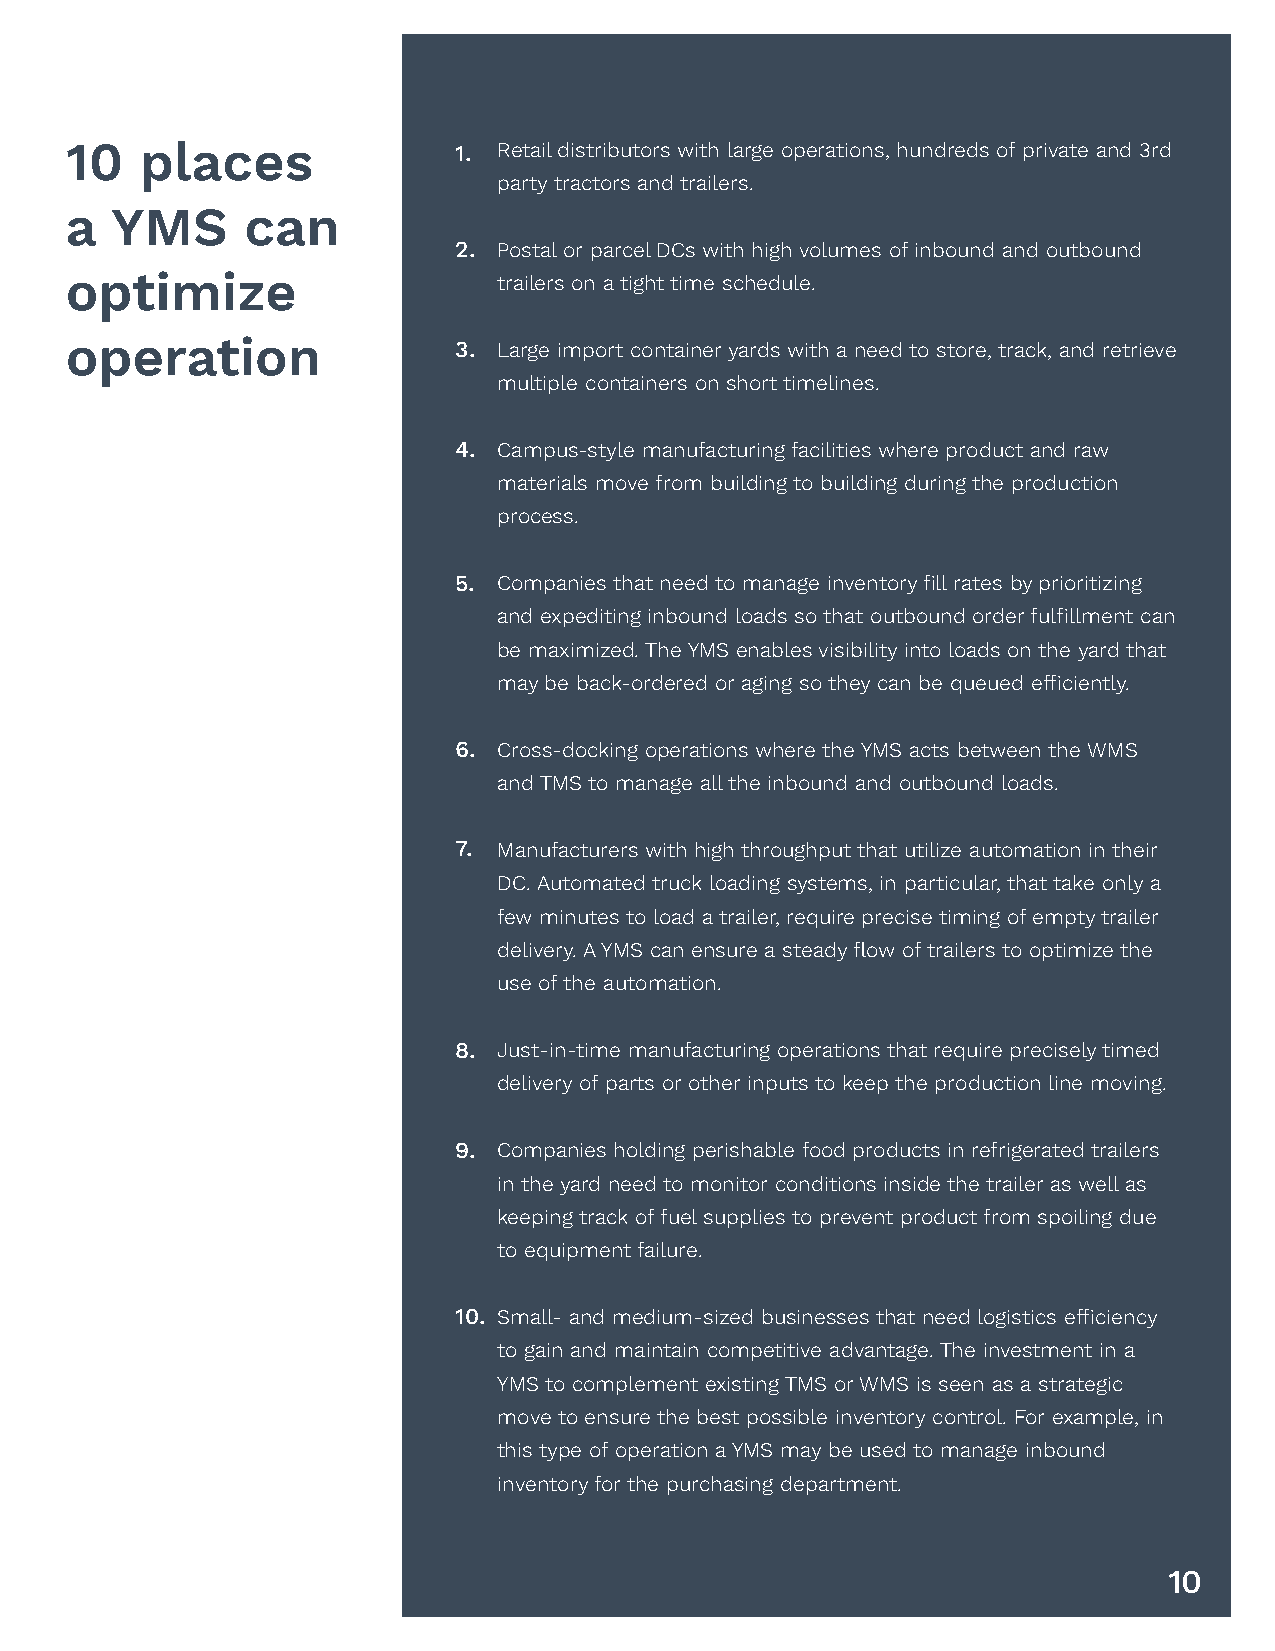
10   places               1. Retail distributors with large operations, hundreds of private and 3rd
 party tractors and trailers.
 a  YMS      can
 2. Postal or parcel DCs with high volumes of inbound and outbound
 optimize                     trailers on a tight time schedule.
 operation                 3. Large import container yards with a need to store, track, and retrieve
 multiple containers on short timelines.
 4. Campus-style manufacturing facilities where product and raw
 materials move from building to building during the production
 process.
 5. Companies that need to manage inventory fill rates by prioritizing
 and expediting inbound loads so that outbound order fulfillment can
 be maximized. The YMS enables visibility into loads on the yard that
 may be back-ordered or aging so they can be queued efficiently.
 6. Cross-docking operations where the YMS acts between the WMS
 and TMS to manage all the inbound and outbound loads.
 7. Manufacturers with high throughput that utilize automation in their
 DC. Automated truck loading systems, in particular, that take only a
 few minutes to load a trailer, require precise timing of empty trailer
 delivery. A YMS can ensure a steady flow of trailers to optimize the
 use of the automation.
 8. Just-in-time manufacturing operations that require precisely timed
 delivery of parts or other inputs to keep the production line moving.
 9. Companies holding perishable food products in refrigerated trailers
 in the yard need to monitor conditions inside the trailer as well as
 keeping track of fuel supplies to prevent product from spoiling due
 to equipment failure.
 10. Small- and medium-sized businesses that need logistics efficiency
 to gain and maintain competitive advantage. The investment in a
 YMS to complement existing TMS or WMS is seen as a strategic
 move to ensure the best possible inventory control. For example, in
 this type of operation a YMS may be used to manage inbound
 inventory for the purchasing department.
 10